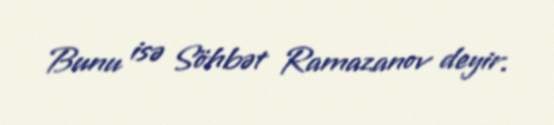
Bunu isə Söhbət Ramazanov deyir.